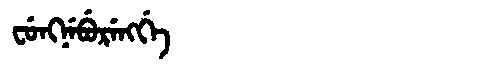
Manchu: ᠸᡠᠩᠨᡝᠪᡠᡵᡝᠩᡤᡝ
Romanization: FUNGNEBURENGGE